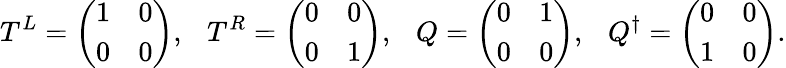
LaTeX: T^{L}=\left(\begin{array}{ll}{{1}}&{{0}}\\ {{0}}&{{0}}\end{array}\right),~~~T^{R}=\left(\begin{array}{ll}{{0}}&{{0}}\\ {{0}}&{{1}}\end{array}\right),~~~Q=\left(\begin{array}{ll}{{0}}&{{1}}\\ {{0}}&{{0}}\end{array}\right),~~~Q^{\dagger}=\left(\begin{array}{ll}{{0}}&{{0}}\\ {{1}}&{{0}}\end{array}\right).